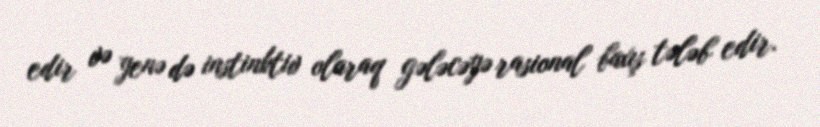
edir və yenə də instinktiv olaraq gələcəyə rasional baxış tələb edir.